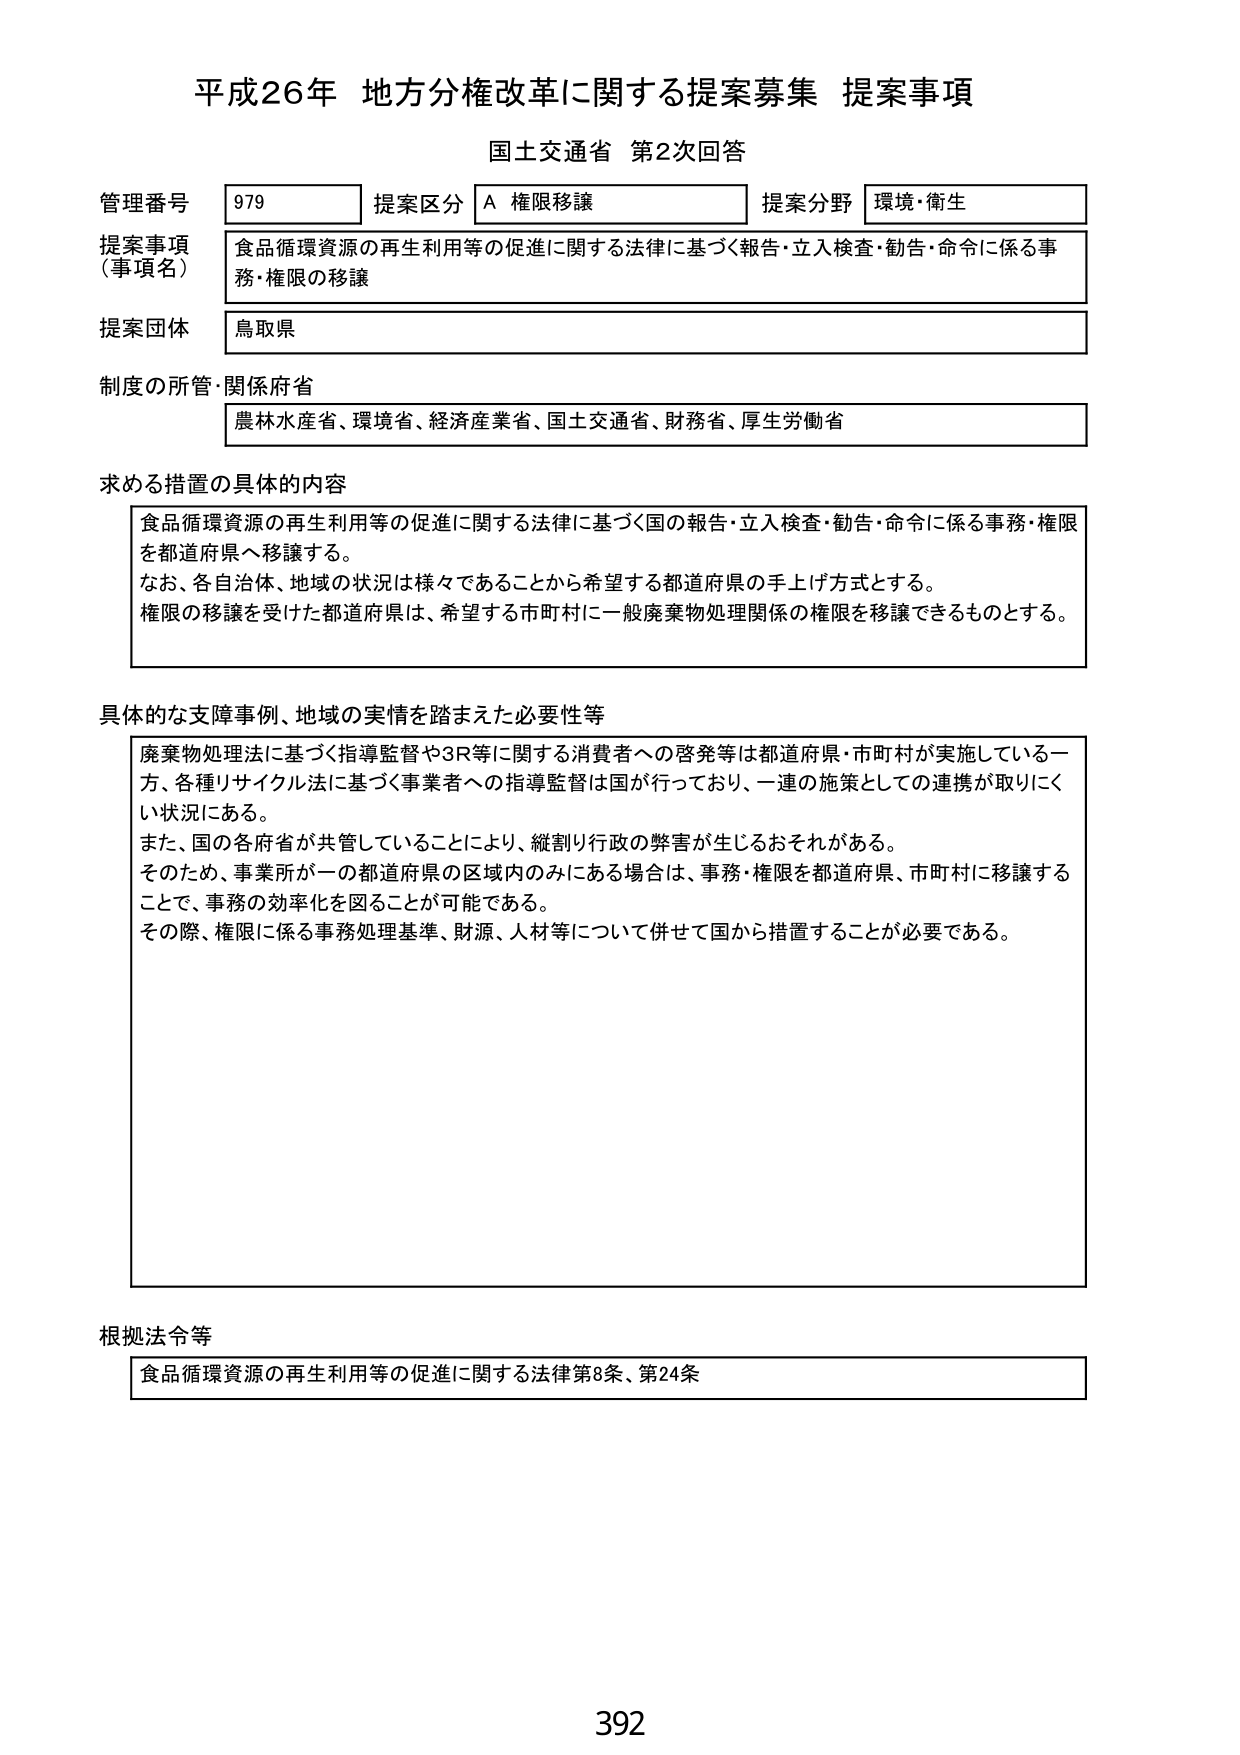
平成26年 地方分権改革に関する提案募集 提案事項
国土交通省 第2次回答

管理番号 979 提案区分 A 権限移譲 提案分野 環境・衛生
提案事項（事項名） 食品循環資源の再生利用等の促進に関する法律に基づく報告・立入検査・勧告・命令に係る事務・権限の移譲
提案団体 鳥取県
制度の所管・関係府省 農林水産省、環境省、経済産業省、国土交通省、財務省、厚生労働省

求める措置の具体的な内容
食品循環資源の再生利用等の促進に関する法律に基づく国の報告・立入検査・勧告・命令に係る事務・権限を都道府県へ移譲する。
なお、各自治体、地域の状況は様々であることから希望する都道府県の手上げ方式とする。
権限の移譲を受けた都道府県は、希望する市町村に一般廃棄物処理関係の権限を移譲できるものとする。

具体的な支障事例、地域の実情を踏まえた必要性等
廃棄物処理法に基づく指導監督や3R等に関する消費者への啓発等は都道府県・市町村が実施している一方、各種リサイクル法に基づく事業者への指導監督は国が行っており、一連の施策としての連携が取りにくい状況にある。
また、国の各府省が共管していることにより、縦割り行政の弊害が生じるおそれがある。
そのため、事業所が一の都道府県の区域内のみにある場合は、事務・権限を都道府県、市町村に移譲することで、事務の効率化を図ることが可能である。
その際、権限に係る事務処理基準、財源、人材等について併せて国から措置することが必要である。

根拠法令等
食品循環資源の再生利用等の促進に関する法律第8条、第24条

392